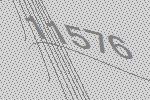
11576